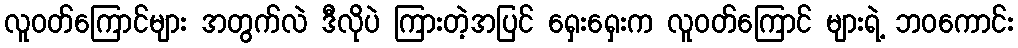
လူဝတ်ကြောင်များ အတွက်လဲ ဒီလိုပဲ ကြားတဲ့အပြင် ရှေးရှေးက လူဝတ်ကြောင် များရဲ့ ဘဝကောင်း